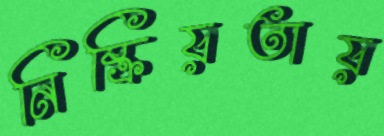
নিষ্ক্রিয়তায়